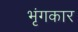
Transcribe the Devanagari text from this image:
भृंगकार